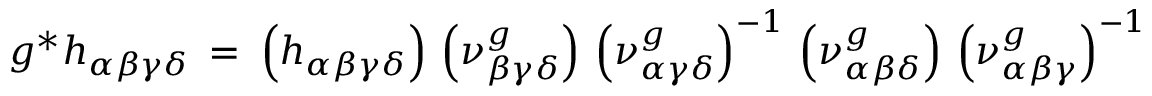
g ^ { * } h _ { \alpha \beta \gamma \delta } \: = \: \left( h _ { \alpha \beta \gamma \delta } \right) \, \left( \nu _ { \beta \gamma \delta } ^ { g } \right) \, \left( \nu _ { \alpha \gamma \delta } ^ { g } \right) ^ { - 1 } \, \left( \nu _ { \alpha \beta \delta } ^ { g } \right) \, \left( \nu _ { \alpha \beta \gamma } ^ { g } \right) ^ { - 1 }